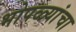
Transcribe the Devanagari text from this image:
भोपळ्यांचा